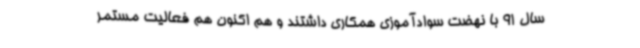
سال 91 با نهضت سوادآموزی همکاری داشتند و هم اکنون هم فعالیت مستمر